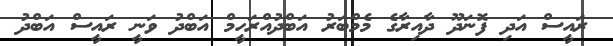
ރައީސް އަދި ފޮނަދޫ ދާއިރާގެ މެމްބަރު އަބްދުއްރަހީމް އަބްދު ވަނީ ރައީސް އަބްދު